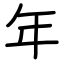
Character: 年